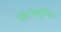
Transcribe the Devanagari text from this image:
वचनगुप्ति